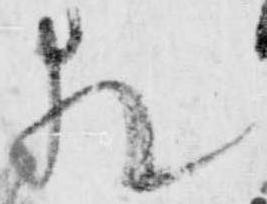
猶